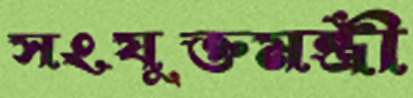
সংযুক্তমন্ত্রী